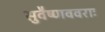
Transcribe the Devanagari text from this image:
सुवैष्णववराः